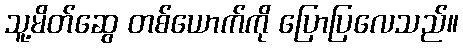
သူ့မိတ်ဆွေ တစ်ယောက်ကို ပြောပြလေသည်။